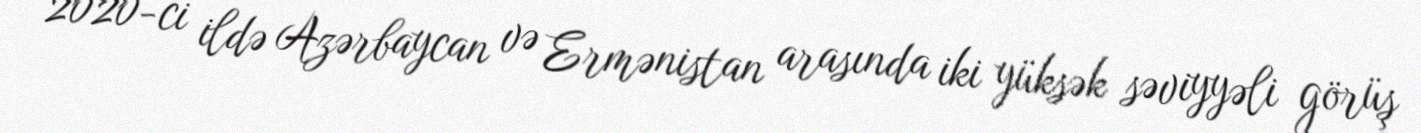
2020-ci ildə Azərbaycan və Ermənistan arasında iki yüksək səviyyəli görüş